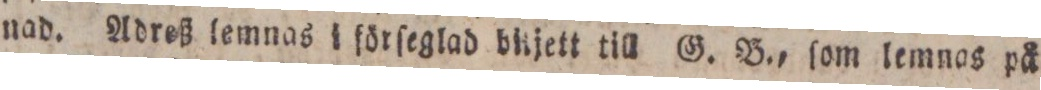
nad. Adreß lemnas i förſeglad blijett till G. B., ſom lemnas på